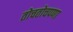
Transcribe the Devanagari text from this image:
तोचतोचपणा